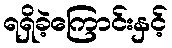
ရရှိခဲ့ကြောင်းနှင့်